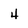
Character: 4